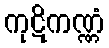
ကုဋိကဏ္ဏံ